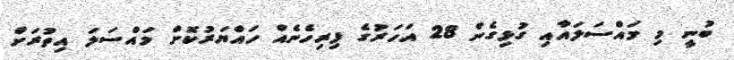
ބުނީ މި މައްސަލައާއި ގުޅިގެން 28 އަހަރުގެ ފިރިހެނެއް ހައްޔަރުކޮށް މައްސަލަ އިތުރަށް